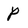
Character: P